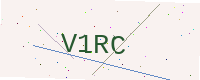
Text: V1RC